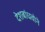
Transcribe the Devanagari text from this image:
देशबांधवोने